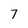
Character: 7